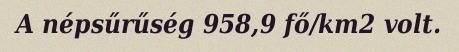
A népsűrűség 958,9 fő/km2 volt.